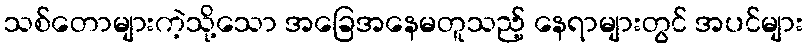
သစ်တောများကဲ့သို့သော အခြေအနေမတူသည့် နေရာများတွင် အပင်များ